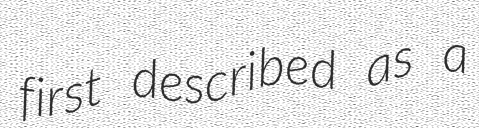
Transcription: first described as a